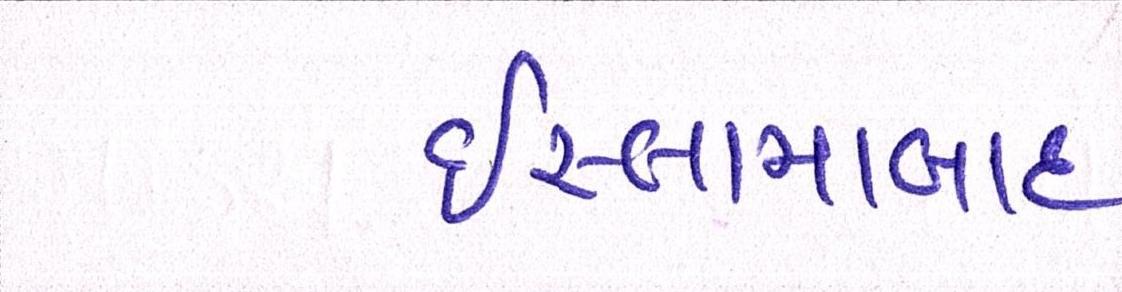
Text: ઇસ્લામાબાદ